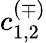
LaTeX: c_{1,2}^{({\mp})}